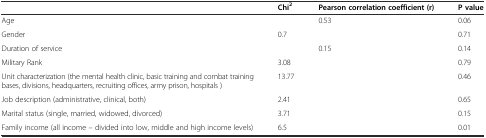
<table><thead><tr><td></td><td><b>Chi<sup>2</sup></b></td><td><b>Pearson correlation coefficient (r)</b></td><td><b>P value</b></td></tr></thead><tbody><tr><td>Age</td><td></td><td>0.53</td><td>0.06</td></tr><tr><td>Gender</td><td>0.7</td><td></td><td>0.71</td></tr><tr><td>Duration of service</td><td></td><td>0.15</td><td>0.14</td></tr><tr><td>Military Rank</td><td>3.08</td><td></td><td>0.79</td></tr><tr><td>Unit characterization (the mental health clinic, basic training and combat training bases, divisions, headquarters, recruiting offices, army prison, hospitals )</td><td>13.77</td><td></td><td>0.46</td></tr><tr><td>Job description (administrative, clinical, both)</td><td>2.41</td><td></td><td>0.65</td></tr><tr><td>Marital status (single, married, widowed, divorced)</td><td>3.71</td><td></td><td>0.15</td></tr><tr><td>Family income (all income – divided into low, middle and high income levels)</td><td>6.5</td><td></td><td>0.01</td></tr></tbody></table>